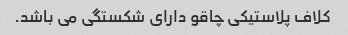
کلاف پلاستیکی چاقو دارای شکستگی می باشد.